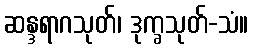
ဆန္ဒရာဂသုတ်၊ ဒုက္ခသုတ်-သံ။